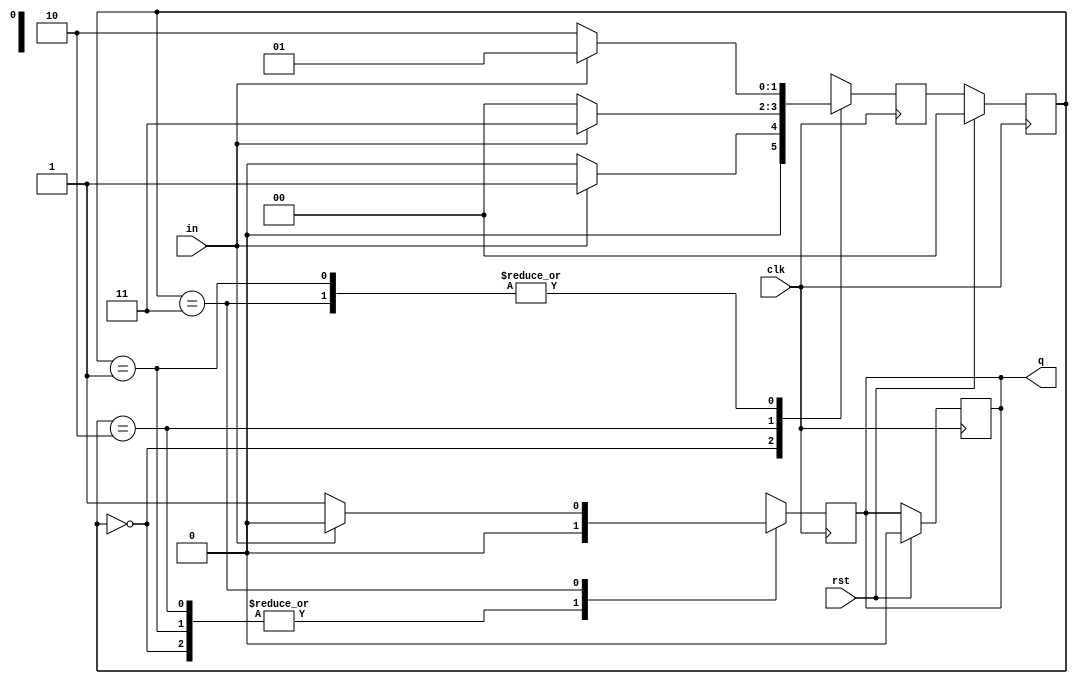
`timescale 1ns / 1ps
module sequence_detector_1010(
    input clk,rst,in,
    output reg q
    );
	 parameter s0= 2'b00,s1= 2'b01,s2= 2'b10,s3= 2'b11;
	 reg [1:0]state,next_state;
	 
	 always @ ( posedge clk)
	 begin
	 if(rst)
	 begin
	 state<= s0;
	 q<=1'b0;
	 end
	 else
	 begin
	 state<=next_state;
	 end
	 end
	 always @ ( posedge clk)
	 begin
	 
	   case(state)
		
		s0: if(in)
		     begin
			  next_state<=s1;
			  q<= 1'b0;
			  end
			  
			  else
			  begin
			  next_state<=s0;
			  q<= 1'b0;
			  
			  end
			  
			  
	    s1: if(in)
		     begin
			  next_state<=s1;
			  q<= 1'b0;
			  end
			  
			  else
			  begin
			  next_state<=s2;
			  q<= 1'b0;
			  
			  end
			  
			  
		  s2: if(in)
		     begin
			  next_state<=s3;
			  q<= 1'b0;
			  end
			  
			  else
			  begin
			  next_state<=s0;
			  q<= 1'b0;
			  
			  end
			  
			  
		  s3: if(in)
		     begin
			  next_state<=s1;
			  q<= 1'b0;
			  end
			  
			  else
			  begin
			  next_state<=s2;
			  q<= 1'b1;
			  
			  end
			  
			 default: next_state<=s0;
			 
			 endcase
		
	 end
endmodule